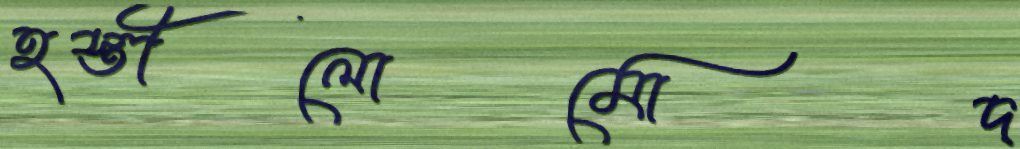
হস্তীলোমোদ্